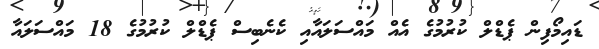
ޑައިމޯފިން ޕެޑްލް ކުރުމުގެ އެއް މައްސަލައާއި ކެނެބިސް ޕެޑްލް ކުރުމުގެ 18 މައްސަލައާ